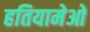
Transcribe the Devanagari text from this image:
हतियामेओ